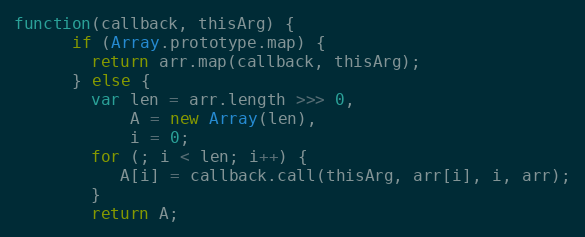
Language: JavaScript
function(callback, thisArg) {
      if (Array.prototype.map) {
        return arr.map(callback, thisArg);
      } else {
        var len = arr.length >>> 0,
            A = new Array(len),
            i = 0;
        for (; i < len; i++) {
           A[i] = callback.call(thisArg, arr[i], i, arr);
        }
        return A;